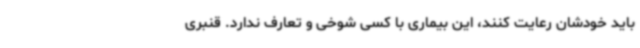
باید خودشان رعایت کنند، این بیماری با کسی شوخی و تعارف ندارد. قنبری